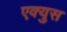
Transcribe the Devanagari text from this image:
एक्युस